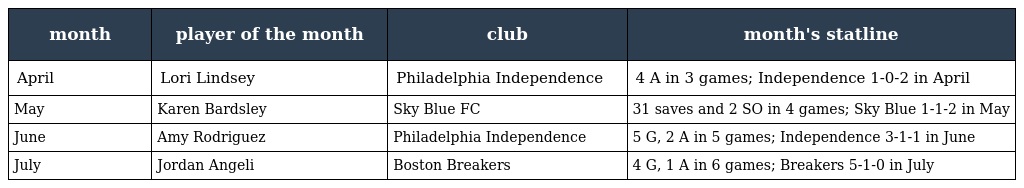
| month | player of the month | club | month's statline |
 | --- | --- | --- | --- |
 | April | Lori Lindsey | Philadelphia Independence | 4 A in 3 games; Independence 1-0-2 in April |
 | May | Karen Bardsley | Sky Blue FC | 31 saves and 2 SO in 4 games; Sky Blue 1-1-2 in May |
 | June | Amy Rodriguez | Philadelphia Independence | 5 G, 2 A in 5 games; Independence 3-1-1 in June |
 | July | Jordan Angeli | Boston Breakers | 4 G, 1 A in 6 games; Breakers 5-1-0 in July |